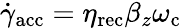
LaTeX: \dot{\gamma}_{\mathrm{acc}}=\eta_{\mathrm{rec}}\beta_{z}\omega_{\mathrm{c}}